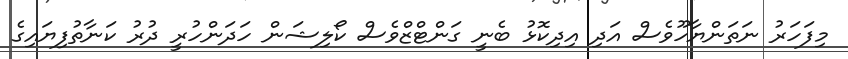
މިފަހަރު ނަތަންޔާހޫވެސް އަދި އިދިކޮޅު ބެނީ ގަންޓްޒްވެސް ކޯލިޝަން ހަދަންހުރީ ދުރު ކަނާތުފިޔައިގެ